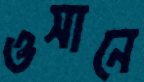
ওসানে